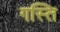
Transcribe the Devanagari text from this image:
गस्ति